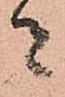
者